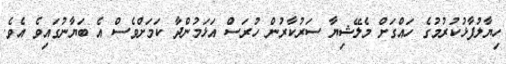
ހިޔާލުފާޅުކުރުމުގެ ހައްގަށް މެލޭޝިޔާ ސަރުކާރުން ހުރަސް އަޅަމުންދާ ކަމަށްވެސް އެ ބަޔާނުގައިވެ އެވެ.